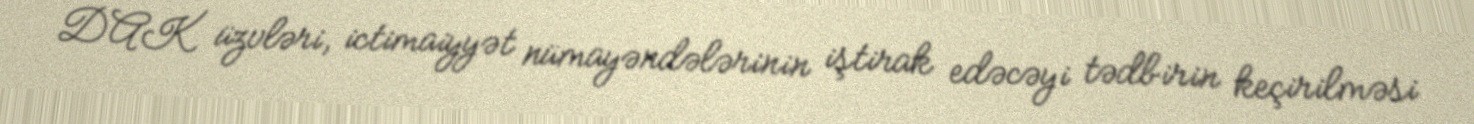
DAK üzvləri, ictimaiyyət nümayəndələrinin iştirak edəcəyi tədbirin keçirilməsi